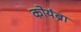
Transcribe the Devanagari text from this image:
कोयंब्रा